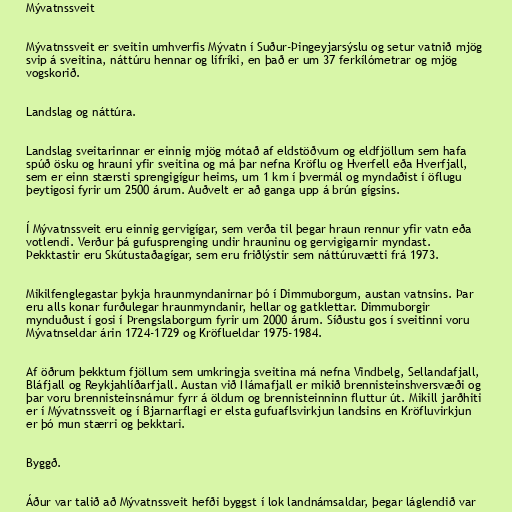
Mývatnssveit

Mývatnssveit er sveitin umhverfis Mývatn í Suður-Þingeyjarsýslu og setur vatnið mjög
svip á sveitina, náttúru hennar og lífríki, en það er um 37 ferkílómetrar og mjög
vogskorið.

Landslag og náttúra.

Landslag sveitarinnar er einnig mjög mótað af eldstöðvum og eldfjöllum sem hafa
spúð ösku og hrauni yfir sveitina og má þar nefna Kröflu og Hverfell eða Hverfjall,
sem er einn stærsti sprengigígur heims, um 1 km í þvermál og myndaðist í öflugu
þeytigosi fyrir um 2500 árum. Auðvelt er að ganga upp á brún gígsins.

Í Mývatnssveit eru einnig gervigígar, sem verða til þegar hraun rennur yfir vatn eða
votlendi. Verður þá gufusprenging undir hrauninu og gervigigarnir myndast.
Þekktastir eru Skútustaðagígar, sem eru friðlýstir sem náttúruvætti frá 1973.

Mikilfenglegastar þykja hraunmyndanirnar þó í Dimmuborgum, austan vatnsins. Þar
eru alls konar furðulegar hraunmyndanir, hellar og gatklettar. Dimmuborgir
mynduðust í gosi í Þrengslaborgum fyrir um 2000 árum. Síðustu gos í sveitinni voru
Mývatnseldar árin 1724-1729 og Kröflueldar 1975-1984.

Af öðrum þekktum fjöllum sem umkringja sveitina má nefna Vindbelg, Sellandafjall,
Bláfjall og Reykjahlíðarfjall. Austan við Námafjall er mikið brennisteinshversvæði og
þar voru brennisteinsnámur fyrr á öldum og brennisteinninn fluttur út. Mikill jarðhiti
er í Mývatnssveit og í Bjarnarflagi er elsta gufuaflsvirkjun landsins en Kröfluvirkjun
er þó mun stærri og þekktari.

Byggð.

Áður var talið að Mývatnssveit hefði byggst í lok landnámsaldar, þegar láglendið var